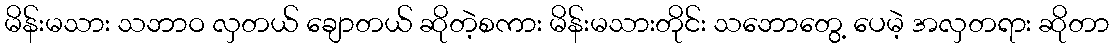
မိန်းမသား သဘာဝ လှတယ် ချောတယ် ဆိုတဲ့စကား မိန်းမသားတိုင်း သဘောတွေ့ ပေမဲ့ အလှတရား ဆိုတာ